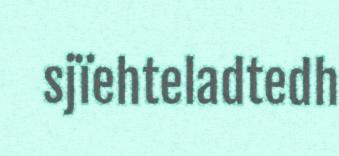
sjïehteladtedh